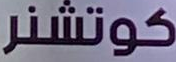
كوتشنر